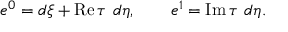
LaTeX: e ^ { 0 } = d \xi + \mathrm { R e } \, \tau \, \, d \eta , \quad \quad e ^ { 1 } = \mathrm { I m } \, \tau \, \, d \eta .